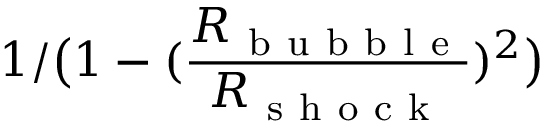
1 / \big ( 1 - ( \frac { R _ { \mathrm { ~ b ~ u ~ b ~ b ~ l ~ e ~ } } } { R _ { \mathrm { ~ s ~ h ~ o ~ c ~ k ~ } } } ) ^ { 2 } \big )